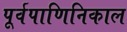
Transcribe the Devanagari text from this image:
पूर्वपाणिनिकाल